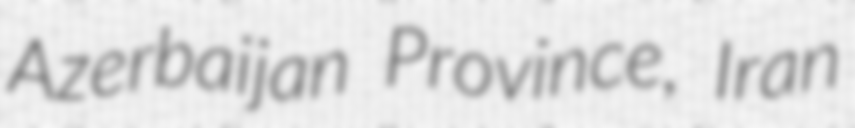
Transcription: Azerbaijan Province, Iran